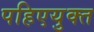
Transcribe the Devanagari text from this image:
पहिएयुक्‍त